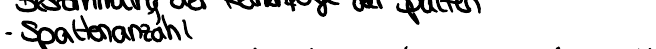
- Spaltenanzahl